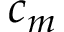
c _ { m }